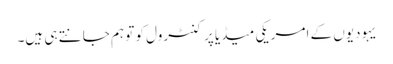
یہودیوں کے امریکی میڈیا پر کنٹرول کو تو ہم جانتے ہی ہیں۔